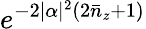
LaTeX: e^{-2|\alpha|^{2}(2\bar{n}_{z}+1)}